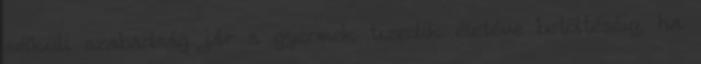
nélküli szabadság jár a gyermek tizedik életéve betöltéséig, ha